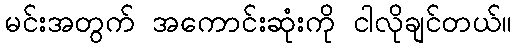
မင်းအတွက် အကောင်းဆုံးကို ငါလိုချင်တယ်။